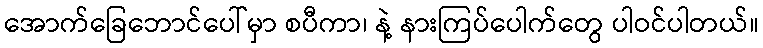
အောက်ခြေဘောင်ပေါ်မှာ စပီကာ၊ နဲ့ နားကြပ်ပေါက်တွေ ပါဝင်ပါတယ်။